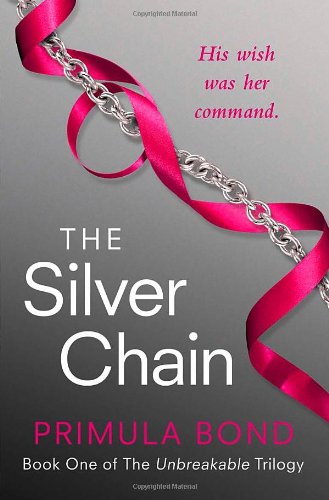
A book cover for The Silver Chain (Unbreakable Trilogy, Book 1); Primula Bond; Romance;